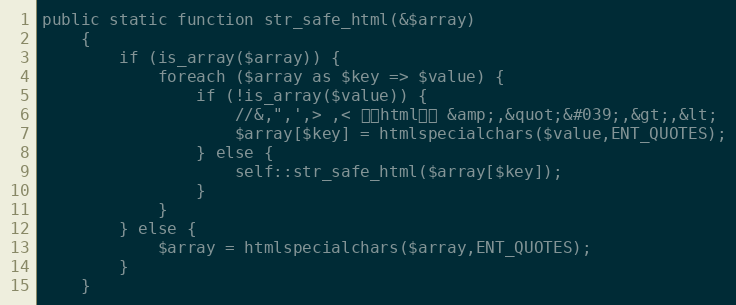
Language: PHP
public static function str_safe_html(&$array)
    {
        if (is_array($array)) {
            foreach ($array as $key => $value) {
                if (!is_array($value)) {
                    //&,",',> ,< 转为html实体 &amp;,&quot;&#039;,&gt;,&lt;
                    $array[$key] = htmlspecialchars($value,ENT_QUOTES);
                } else {
                    self::str_safe_html($array[$key]);
                }
            }
        } else {
            $array = htmlspecialchars($array,ENT_QUOTES);
        }
    }